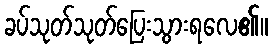
ခပ်သုတ်သုတ်ပြေးသွားရလေ၏။